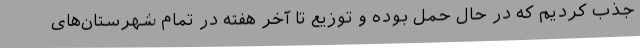
جذب کردیم که در حال حمل بوده و توزیع تا آخر هفته در تمام شهرستان‌های